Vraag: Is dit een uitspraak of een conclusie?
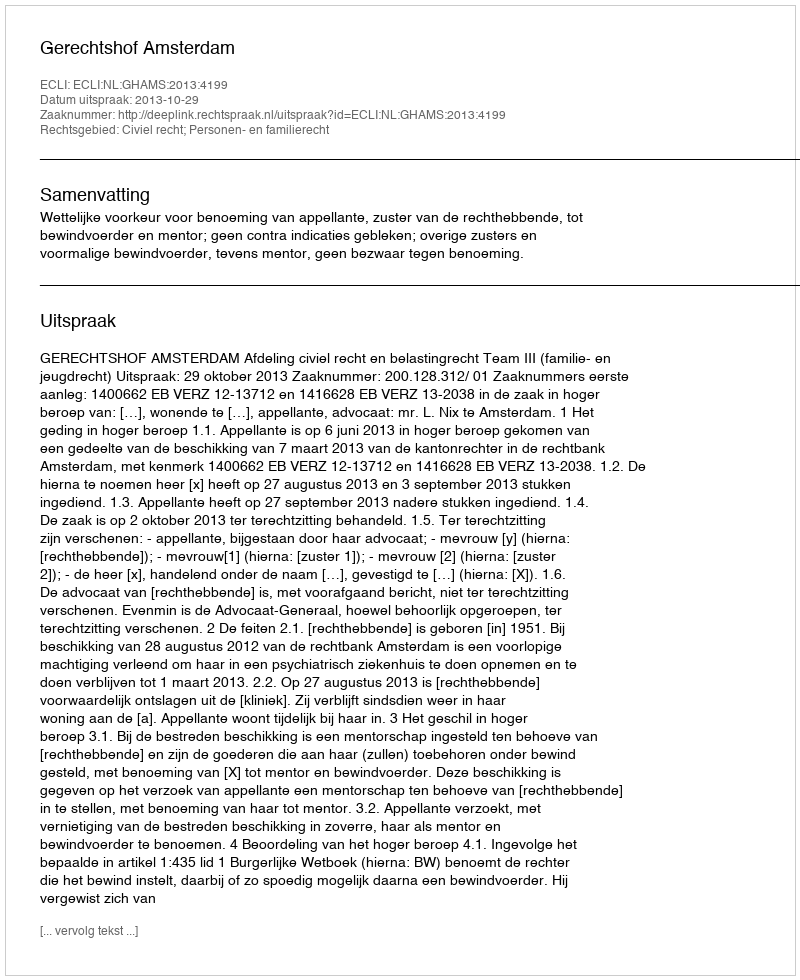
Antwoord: Uitspraak